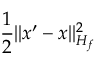
\frac { 1 } { 2 } \| x ^ { \prime } - x \| _ { H _ { f } } ^ { 2 }